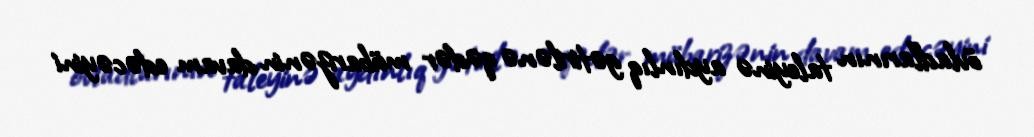
övladlarının taleyinə aydınlıq gətirilənə qədər mübarizənin davam edəcəyini